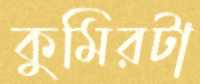
কুমিরটা